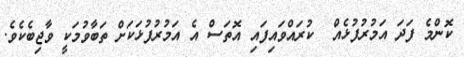
ކޮންމެ ފަދަ އަމުރުފުޅެއް  ކުރައްވައިފައި އޮތަސް އެ އަމުރުފުޅަކަށް ތަބާވުމަކީ ވާޖިބެކެވެ.